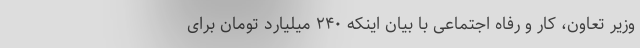
وزیر تعاون، کار و رفاه اجتماعی با بیان اینکه ۲۴۰ میلیارد تومان برای